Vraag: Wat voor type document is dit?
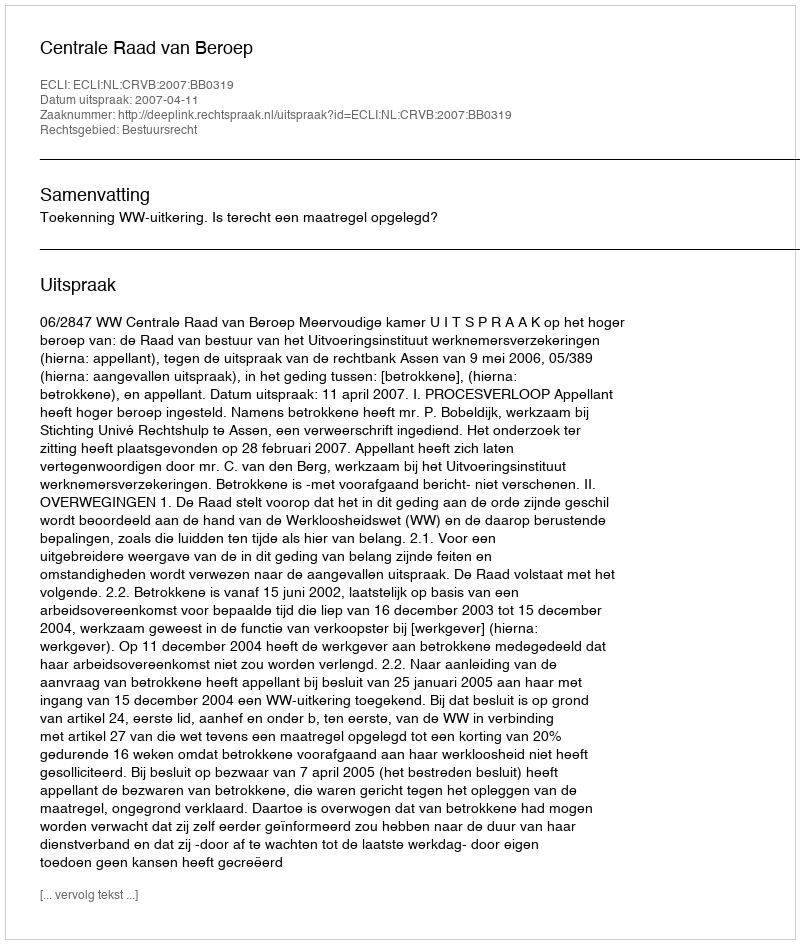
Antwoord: Uitspraak